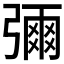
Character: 𭛅